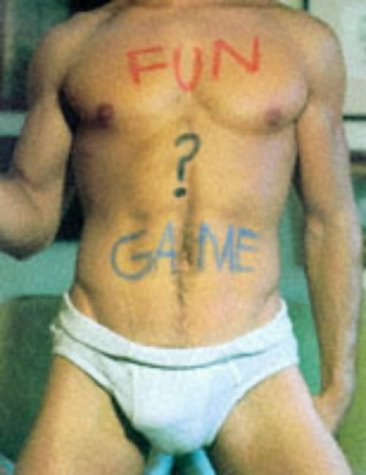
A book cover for Fun ? Game: Male Models Revealed; Lalli; Arts & Photography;